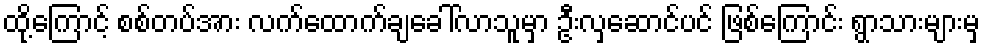
ထို့ကြောင့် စစ်တပ်အား လက်ထောက်ချခေါ်လာသူမှာ ဦးလှဆောင်ပင် ဖြစ်ကြောင်း ရွာသားများမှ